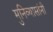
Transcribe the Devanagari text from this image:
मुनिव्यासांनी